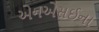
એનએસઈના